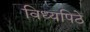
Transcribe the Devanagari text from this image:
विध्यपिठे